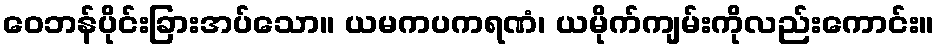
ဝေဘန်ပိုင်းခြားအပ်သော။ ယမကပကရဏံ၊ ယမိုက်ကျမ်းကိုလည်းကောင်း။